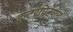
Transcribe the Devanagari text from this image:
इन्टरप्रिटेशन